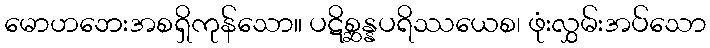
မောဟဘေးအစရှိကုန်သော။ ပဋိစ္ဆန္နပရိဿယေစ၊ ဖုံးလွှမ်းအပ်သော